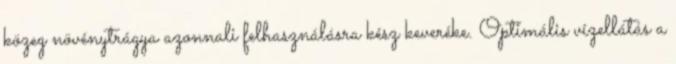
közeg növénytrágya azonnali felhasználásra kész keveréke. Optimális vízellátás a